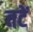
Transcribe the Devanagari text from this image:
तटें